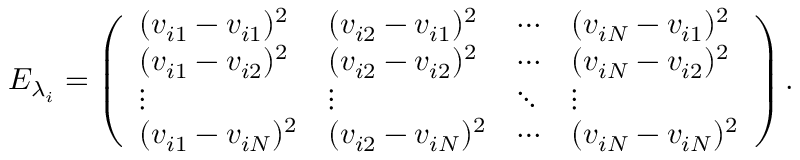
E _ { \lambda _ { i } } = \left( \begin{array} { l l l l } { ( v _ { i 1 } - v _ { i 1 } ) ^ { 2 } } & { ( v _ { i 2 } - v _ { i 1 } ) ^ { 2 } } & { \cdots } & { ( v _ { i N } - v _ { i 1 } ) ^ { 2 } } \\ { ( v _ { i 1 } - v _ { i 2 } ) ^ { 2 } } & { ( v _ { i 2 } - v _ { i 2 } ) ^ { 2 } } & { \cdots } & { ( v _ { i N } - v _ { i 2 } ) ^ { 2 } } \\ { \vdots } & { \vdots } & { \ddots } & { \vdots } \\ { ( v _ { i 1 } - v _ { i N } ) ^ { 2 } } & { ( v _ { i 2 } - v _ { i N } ) ^ { 2 } } & { \cdots } & { ( v _ { i N } - v _ { i N } ) ^ { 2 } } \end{array} \right) .